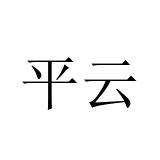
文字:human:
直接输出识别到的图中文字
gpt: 平云